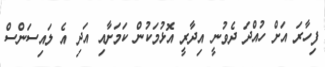
ފިހާރަ އަށް ހުއްދަ ދެވުނީ އިދާރީ އޮޅުމަކުން ކަމަށާއި އަދި އެ ލައިސަންސް